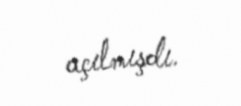
açılmışdı.